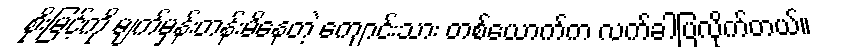
စိုးမြင့်ကို မျက်မှန်းတန်းမိနေတဲ့ ကျောင်းသား တစ်ယောက်က လက်ခါပြလိုက်တယ်။